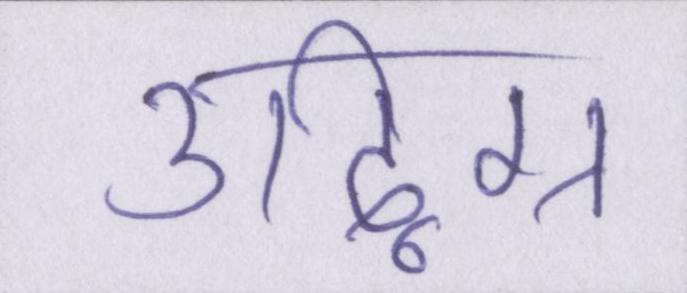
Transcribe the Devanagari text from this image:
उद्विग्न